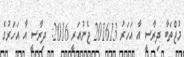
މުޖްތަބާ ދިރާސީ އާ އަހަރު 201613 ޖެނުއަރީ 2016: ދިރާސީ އާ އަހަރުގެ